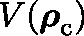
V ( \boldsymbol { \mathbf { \rho } } _ { \mathrm { c } } )